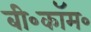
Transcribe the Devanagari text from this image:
बी॰कॉम॰